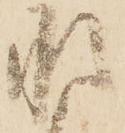
承